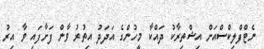
ނެޓްފްލިކްސްއަށް އިޝްތިރާކު ދައްކާ މީހުންގެ އަދަދު އިތުރު ވާން ފަށާފައި ވާ އިރު